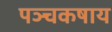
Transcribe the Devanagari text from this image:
पञ्चकषाय